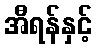
အီရန်နှင့်